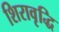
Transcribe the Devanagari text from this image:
शिरावृद्धि